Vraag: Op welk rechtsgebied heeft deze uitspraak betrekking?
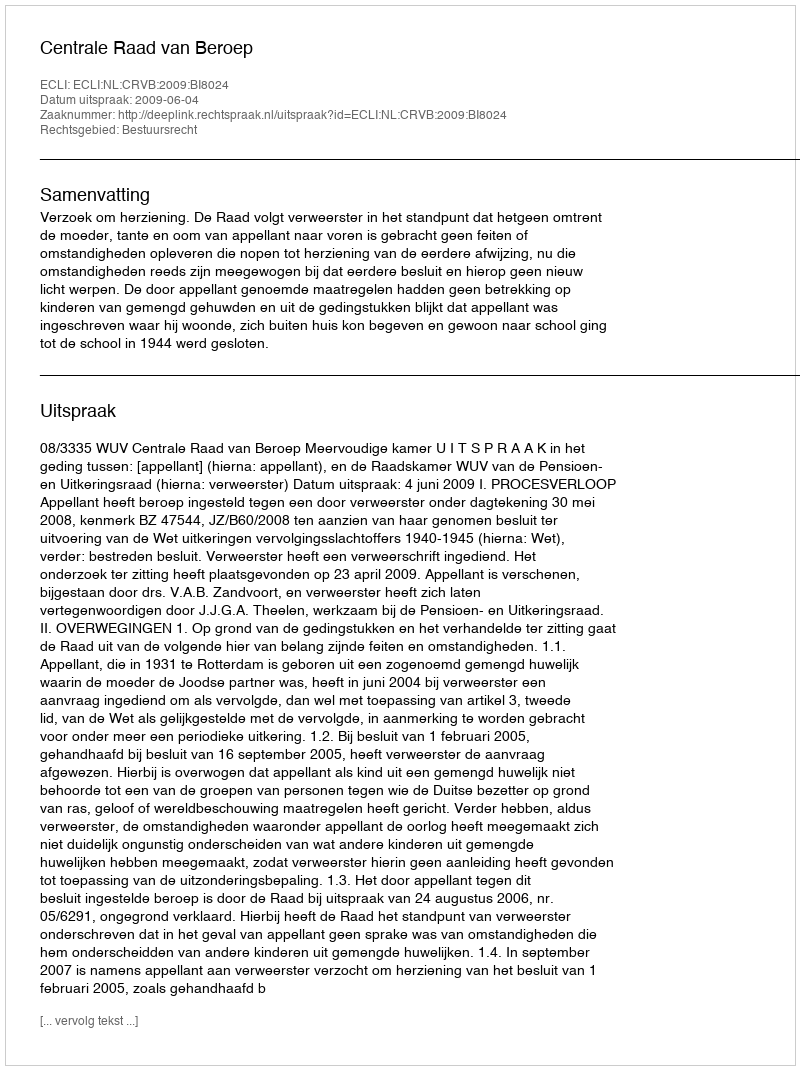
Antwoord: Bestuursrecht